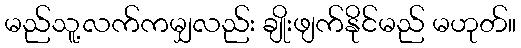
မည်သူ့လက်ကမျှလည်း ချိုးဖျက်နိုင်မည် မဟုတ်။